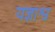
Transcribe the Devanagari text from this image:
यज्ञाश्व